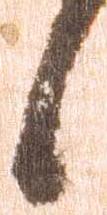
候